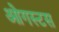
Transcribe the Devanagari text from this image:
ओगस्टस